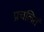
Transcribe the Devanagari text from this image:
प्रचलितं